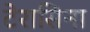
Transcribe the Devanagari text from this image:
टेरासिना